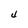
Character: 4